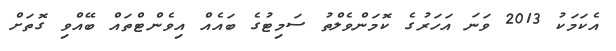
އެކަމަކު 2013 ވަނަ އަހަރުގެ ކޮމަންވެލްތު ސަމިޓުގެ ބައެއް އިވެންޓްތައް ބޭއްވި ގޮތަށް